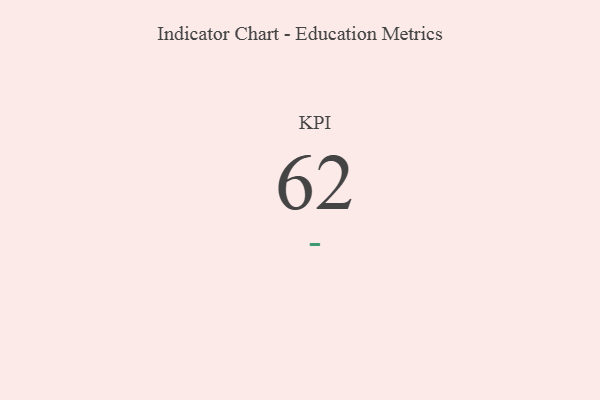
{"axis": {"x": "KPI", "y": "Value"}, "legend": [""], "data": [{"x": "KPI", "y": 62, "type": ""}]}